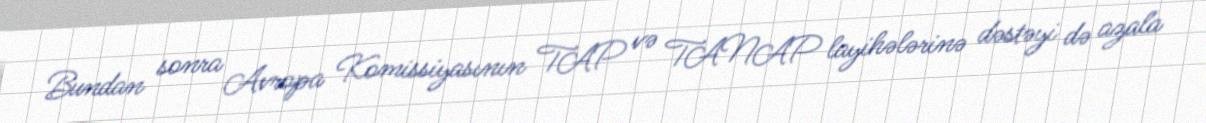
Bundan sonra Avropa Komissiyasının TAP və TANAP layihələrinə dəstəyi də azala